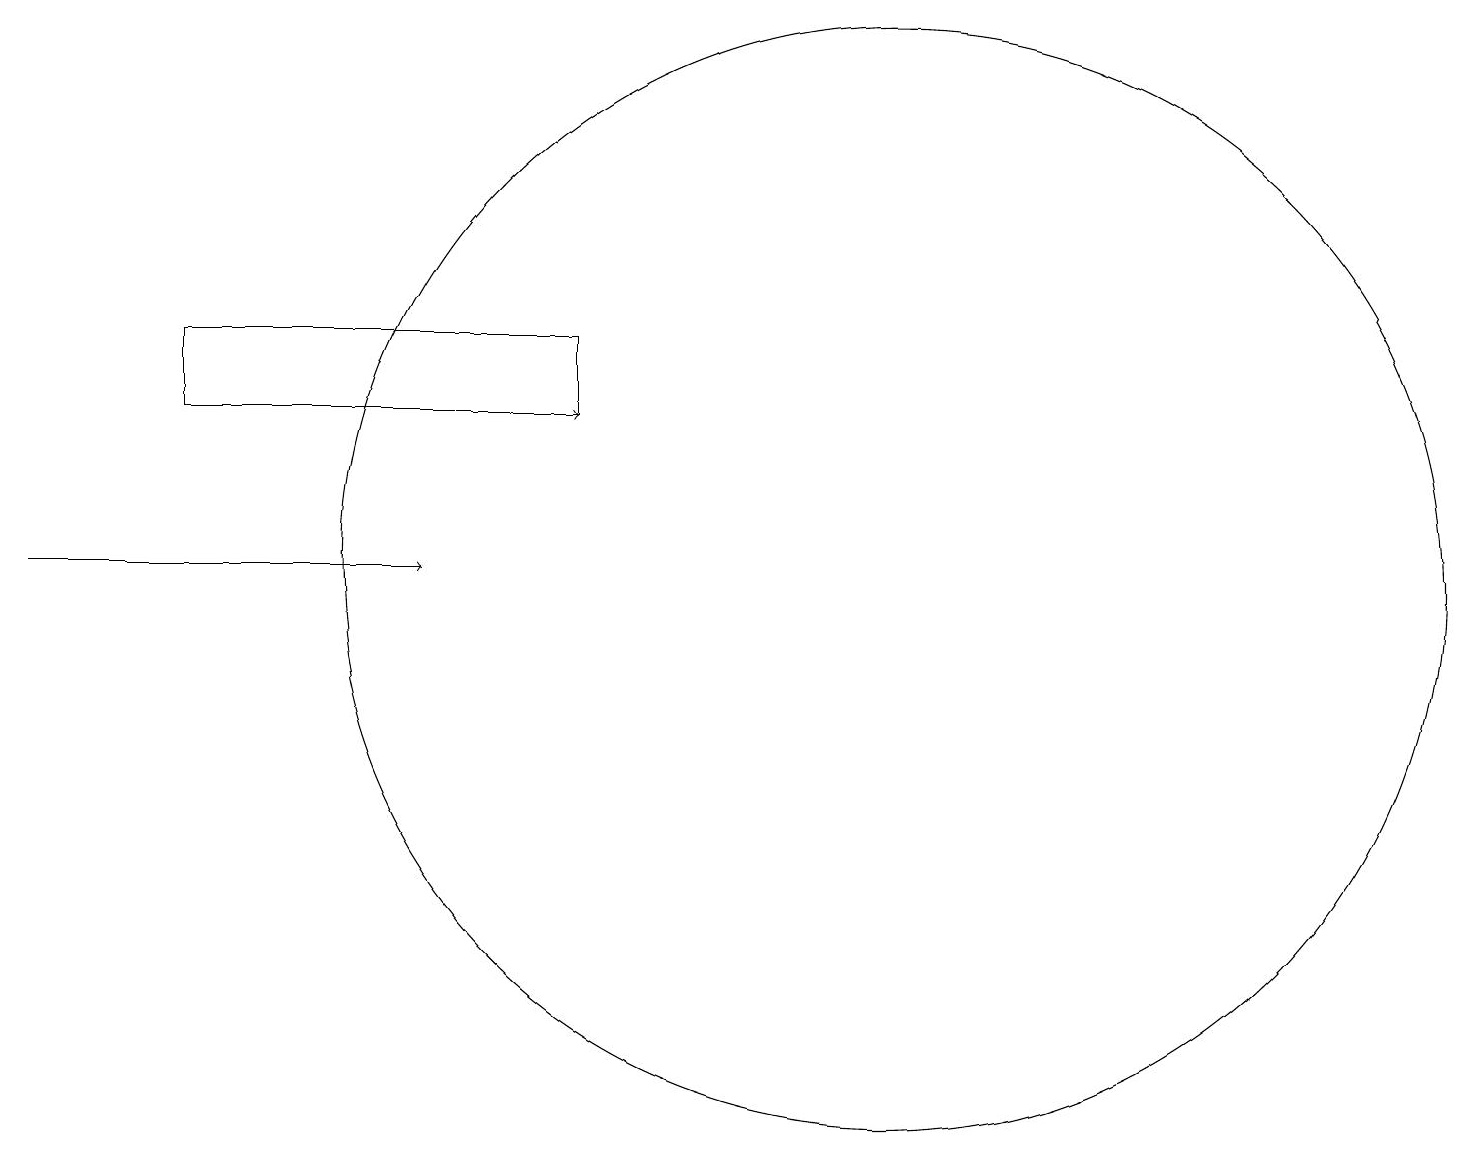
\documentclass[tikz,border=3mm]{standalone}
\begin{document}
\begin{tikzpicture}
\draw[->] (6,12) -- (7,12);
\draw (11,10) circle (7);
\draw[->] (0,10) -- (5,10);
\draw (7,13) rectangle (2,12);
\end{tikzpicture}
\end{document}